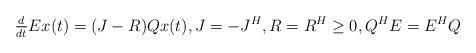
LaTeX: \begin{align*}\tfrac{d}{dt} Ex(t)=(J-R)Qx(t), J=-J^H,R=R^H\geq 0,Q^HE=E^HQ\end{align*}